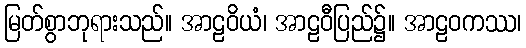
မြတ်စွာဘုရားသည်။ အာဠဝိယံ၊ အာဠဝီပြည်၌။ အာဠဝကဿ၊